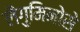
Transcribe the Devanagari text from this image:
लैगुमिनोसे